Annual report of the Punjab Veterinary College and of the Civil Veterinary Department, Punjab - 1909-1919
Year: 1909
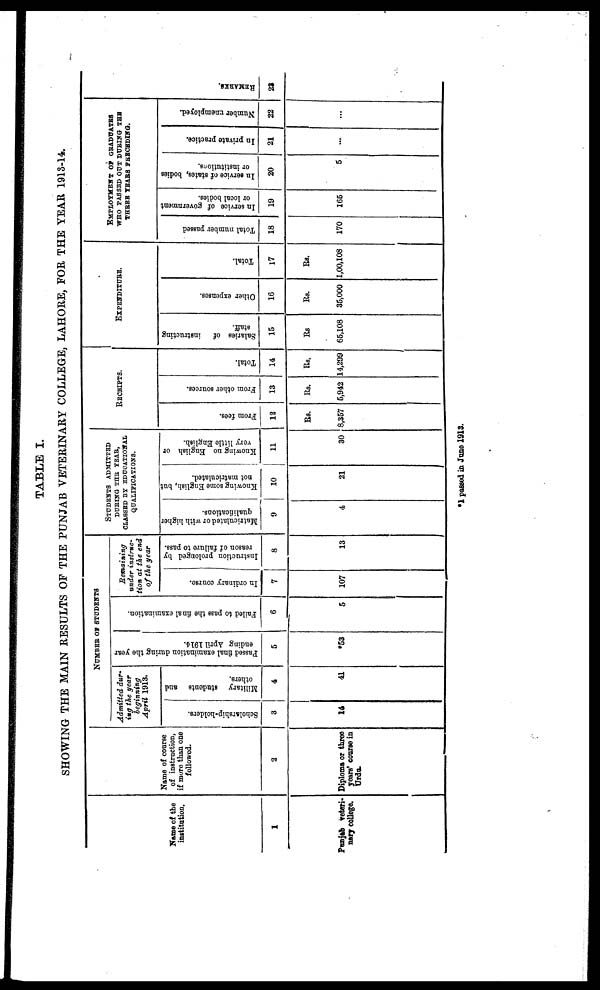
TABLE I.
SHOWING THE MAIN RESULTS OF THE PUNJAB VETERINARY COLLEGE, LAHORE, FOR THE YEAR 1913-14.
Name of the
institution.
1
Punjab veteri-
nary college.
Name of course
of instruction,
if mure than one
followed.
2
Diploma or three
years' course in
Urdu-
NUMBER OF STUDENTS
Admitted dur-
ing the year
beginning
April 1913.
Scholarship-holders.
3
14
Military students and
others.
4
41
Passed final examination during the year
ending April 1914.
5
*53
Failed to pass the final examination.
6
5
Remaining
under instruc-
tion at the end
of the year
In ordinary course.
7
107
Instruction prolonged by
reason of failure to pass.
8
13
STUDENTS
ADMITTED
DURING THE YEAR,
CLASSED BY EDUCATIONAL
QUALIFICATION.
Matriculated or with higher
qualifications.
9
4
Knowing some English, but
not matriculated.
10
21
Knowing no English or
very little English.
11
30
RECEIPT
From fees.
12
Rs.
8,357
From other sources.
13
Rs.
5,942
Total.
14
Rs.
14,299
EXPENDITURE.
Salaries of
instructing
staff.
15
Rs
65,108
Other expenses.
16
Rs.
35,000
Total.
17
Rs.
1,00,108
EMPLOYMENT OF GRADUATES
WHO PASSED OUT DURING THE
THREE YEARS FRECHDING.
Total number passed
18
170
In service of government
or local bodies.
19
165
In service of states, bodies
or institutions.
20
5
In private practice.
21
...
Number unemployed.
22
...
REMARKS .
23
*1 passed in June 1913.